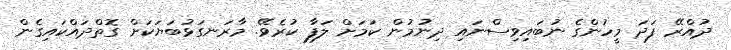
ދުއްރޭ ފަދަ މީހުންގެ ނުބައިވިސްނައި ދިނުމުން ކަމަށް ލަފާ ކުރެވޭ. މާރަނގަޅުބަޔަކަށް ގޮތްދައްކައިގެން